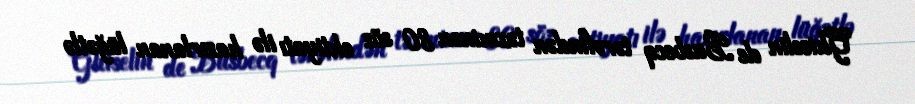
Ghiselin de Busbecq tərəfindən təxminən 80 söz ehtiyatı ilə hazırlanan lüğətlə